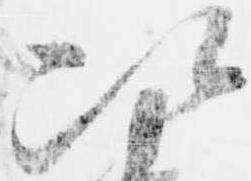
次